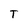
Character: T